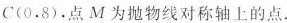
C(0.8)，点M为抛物线对称轴上的点。